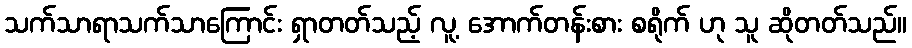
သက်သာရာသက်သာကြောင်း ရှာတတ်သည့် လူ့ အောက်တန်းစား စရိုက် ဟု သူ ဆိုတတ်သည်။